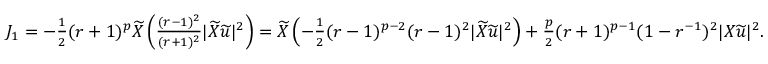
\begin{array} { r } { J _ { 1 } = - \frac { 1 } { 2 } ( r + 1 ) ^ { p } \widetilde { X } \left( \frac { ( r - 1 ) ^ { 2 } } { ( r + 1 ) ^ { 2 } } | \widetilde { X } \widetilde { u } | ^ { 2 } \right) = \widetilde { X } \left( - \frac { 1 } { 2 } ( r - 1 ) ^ { p - 2 } ( r - 1 ) ^ { 2 } | \widetilde { X } \widetilde { u } | ^ { 2 } \right) + \frac { p } { 2 } ( r + 1 ) ^ { p - 1 } ( 1 - r ^ { - 1 } ) ^ { 2 } | X \widetilde { u } | ^ { 2 } . } \end{array}